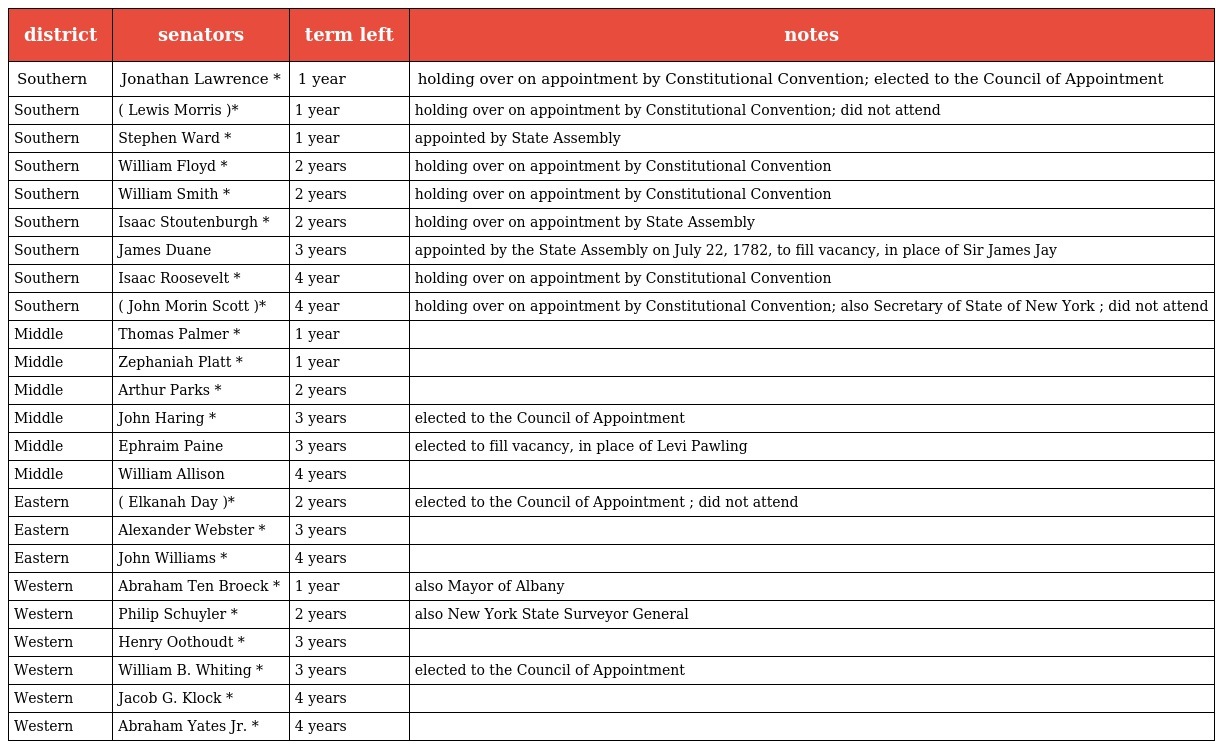
| district | senators | term left | notes |
 | --- | --- | --- | --- |
 | Southern | Jonathan Lawrence * | 1 year | holding over on appointment by Constitutional Convention; elected to the Council of Appointment |
 | Southern | ( Lewis Morris )* | 1 year | holding over on appointment by Constitutional Convention; did not attend |
 | Southern | Stephen Ward * | 1 year | appointed by State Assembly |
 | Southern | William Floyd * | 2 years | holding over on appointment by Constitutional Convention |
 | Southern | William Smith * | 2 years | holding over on appointment by Constitutional Convention |
 | Southern | Isaac Stoutenburgh * | 2 years | holding over on appointment by State Assembly |
 | Southern | James Duane | 3 years | appointed by the State Assembly on July 22, 1782, to fill vacancy, in place of Sir James Jay |
 | Southern | Isaac Roosevelt * | 4 year | holding over on appointment by Constitutional Convention |
 | Southern | ( John Morin Scott )* | 4 year | holding over on appointment by Constitutional Convention; also Secretary of State of New York ; did not attend |
 | Middle | Thomas Palmer * | 1 year |  |
 | Middle | Zephaniah Platt * | 1 year |  |
 | Middle | Arthur Parks * | 2 years |  |
 | Middle | John Haring * | 3 years | elected to the Council of Appointment |
 | Middle | Ephraim Paine | 3 years | elected to fill vacancy, in place of Levi Pawling |
 | Middle | William Allison | 4 years |  |
 | Eastern | ( Elkanah Day )* | 2 years | elected to the Council of Appointment ; did not attend |
 | Eastern | Alexander Webster * | 3 years |  |
 | Eastern | John Williams * | 4 years |  |
 | Western | Abraham Ten Broeck * | 1 year | also Mayor of Albany |
 | Western | Philip Schuyler * | 2 years | also New York State Surveyor General |
 | Western | Henry Oothoudt * | 3 years |  |
 | Western | William B. Whiting * | 3 years | elected to the Council of Appointment |
 | Western | Jacob G. Klock * | 4 years |  |
 | Western | Abraham Yates Jr. * | 4 years |  |